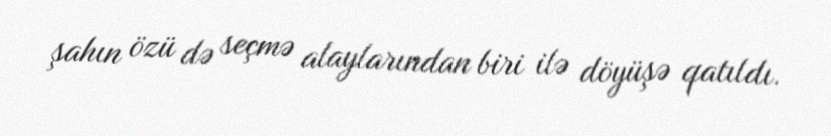
şahın özü də seçmə alaylarından biri ilə döyüşə qatıldı.